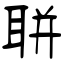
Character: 聠